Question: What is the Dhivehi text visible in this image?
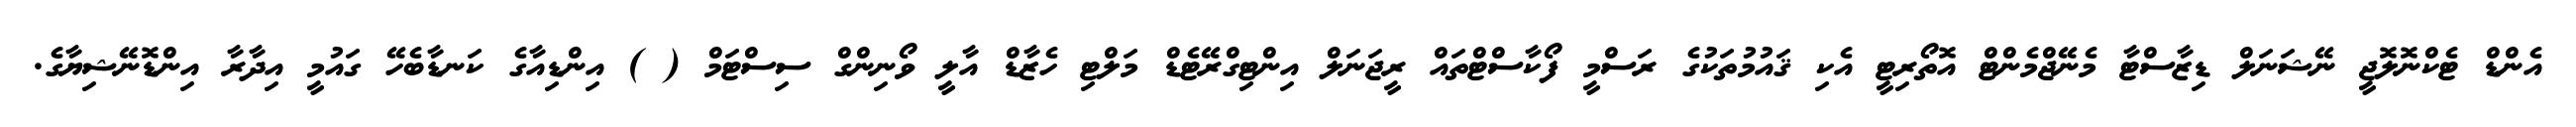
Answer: އެންޑް ޓެކްނޮލޮޖީ ނޭޝަނަލް ޑިޒާސްޓާ މެނޭޖްމެންޓް އޮތޯރިޓީ އެކި ޤައުމުތަކުގެ ރަސްމީ ފޯކާސްޓްތައް ރީޖަނަލް އިންޓިގްރޭޓެޑް މަލްޓި ހެޒާޑް އާލީ ވޯނިންގް ސިސްޓަމް ( ) އިންޑިއާގެ ކަނޑާބެހޭ ގައުމީ އިދާރާ އިންޑޮނޭޝިޔާގެ.